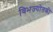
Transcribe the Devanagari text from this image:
विभज्योतकी